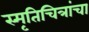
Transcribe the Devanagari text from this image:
स्मृतिचित्रांचा